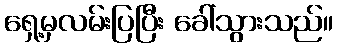
ရှေ့မှလမ်းပြပြီး ခေါ်သွားသည်။